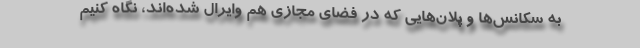
به سکانس‌ها و پلان‌هایی که در فضای مجازی هم وایرال شده‌اند، نگاه کنیم